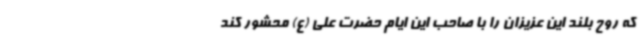
که روح بلند این عزیزان را با صاحب این ایام حضرت علی (ع) محشور کند